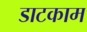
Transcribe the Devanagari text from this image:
डाटकाम